Indian journal of veterinary science and animal husbandry - Volume 10,
Year: 1940
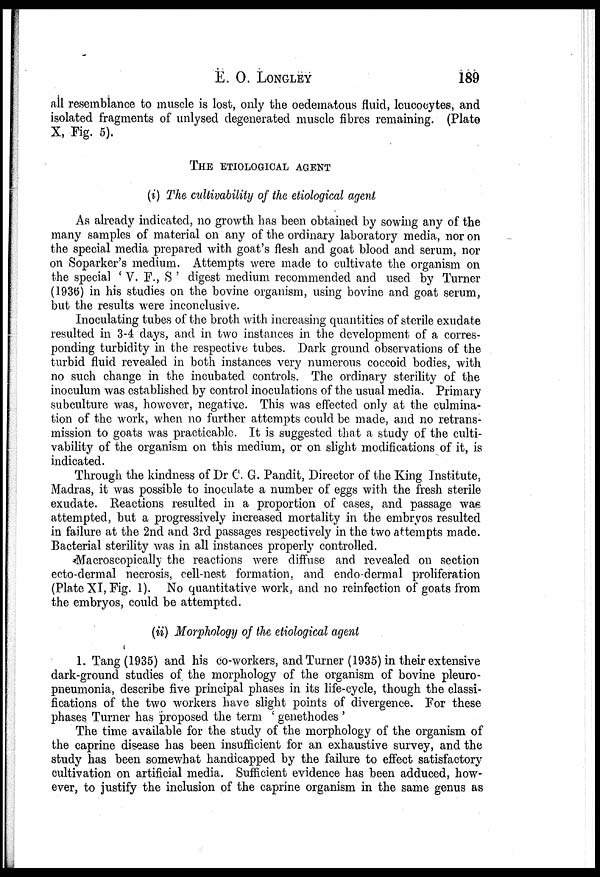
E.
O.
LONGLEY
189
all resemblance to muscle is lost, only the oedematous fluid, leucocytes, and
isolated fragments of unlysed degenerated muscle fibres remaining. (Plate
X, Fig. 5).
THE ETIOLOGICAL AGENT
(i) The cultivability of the etiological agent
As already indicated, no growth has been obtained by sowing any of the
many samples of material on any of the ordinary laboratory media, nor on
the special media prepared with goat's flesh and goat blood and serum, nor
on Soparker's medium. Attempts were made to cultivate the organism on
the special ' V. F., S ' digest medium recommended and used by Turner
(1936) in his studies on the bovine organism, using bovine and goat serum,
but the results were inconclusive.
Inoculating tubes of the broth with increasing quantities of sterile exudate
resulted in 3-4 days, and in two instances in the development of a corres-
ponding turbidity in the respective tubes. Dark ground observations of the
turbid fluid revealed in both instances very numerous coccoid bodies, with
no such change in the incubated controls. The ordinary sterility of the
inoculum was established by control inoculations of the usual media. Primary
subculture was, however, negative. This was effected only at the culmina-
tion of the work, when no further attempts could be made, and no retrans-
mission to goats was practicable. It is suggested that a study of the culti-
vability of the organism on this medium, or on slight modifications of it, is
indicated.
Through the kindness of Dr C. G. Pandit, Director of the King Institute,
Madras, it was possible to inoculate a number of eggs with the fresh sterile
exudate. Reactions resulted in a proportion of cases, and passage was
attempted, but a progressively increased mortality in the embryos resulted
in failure at the 2nd and 3rd passages respectively in the two attempts made.
Bacterial sterility was in all instances properly controlled.
Macroscopically the reactions were diffuse and revealed on section
ecto-dermal necrosis, cell-nest formation, and endo-dermal proliferation
(Plate XI, Fig. 1). No quantitative work, and no reinfection of goats from
the embryos, could be attempted.
(ii) Morphology of the etiological agent
1. Tang (1935) and his co-workers, and Turner (1935) in their extensive
dark-ground studies of the morphology of the organism of bovine pleuro-
pneumonia, describe five principal phases in its life-cycle, though the classi-
fications of the two workers have slight points of divergence. For these
phases Turner has proposed the term ' genethodes '
The time available for the study of the morphology of the organism of
the caprine disease has been insufficient for an exhaustive survey, and the
study has been somewhat handicapped by the failure to effect satisfactory
cultivation on artificial media. Sufficient evidence has been adduced, how-
ever, to justify the inclusion of the caprine organism in the same genus as